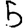
Digit: 5